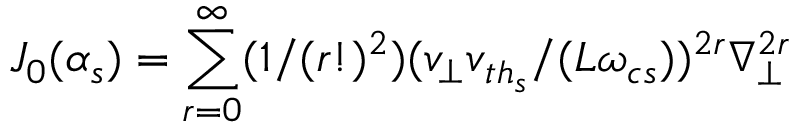
J _ { 0 } ( \alpha _ { s } ) = \sum _ { r = 0 } ^ { \infty } ( 1 / ( r ! ) ^ { 2 } ) ( v _ { \perp } v _ { { t h } _ { s } } / ( L \omega _ { c s } ) ) ^ { 2 r } { \nabla _ { \perp } ^ { 2 r } }